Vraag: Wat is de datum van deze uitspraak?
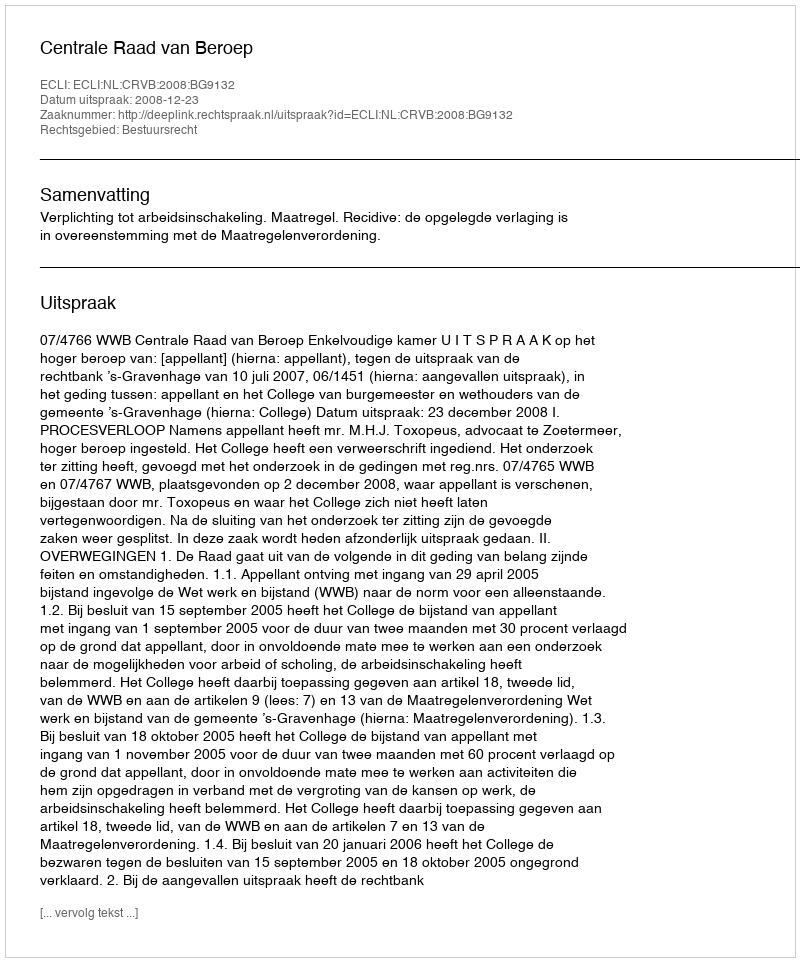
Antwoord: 2008-12-23